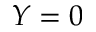
Y = 0